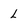
Character: L